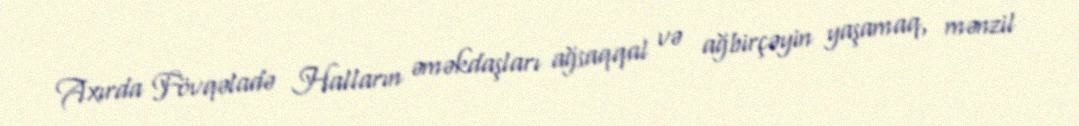
Axırda Fövqəladə Halların əməkdaşları ağsaqqal və ağbirçəyin yaşamaq, mənzil